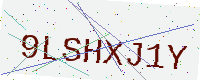
Text: 9LSHXJ1Y